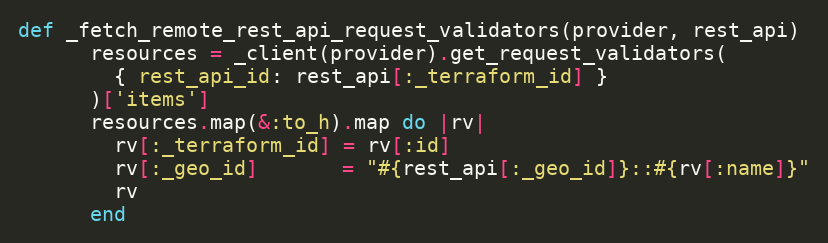
Language: Ruby
def _fetch_remote_rest_api_request_validators(provider, rest_api)
      resources = _client(provider).get_request_validators(
        { rest_api_id: rest_api[:_terraform_id] }
      )['items']
      resources.map(&:to_h).map do |rv|
        rv[:_terraform_id] = rv[:id]
        rv[:_geo_id]       = "#{rest_api[:_geo_id]}::#{rv[:name]}"
        rv
      end